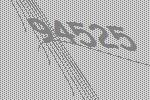
94525